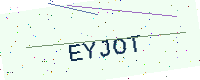
Text: EYJOT